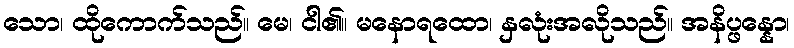
သော၊ ထိုကောက်သည်။ မေ၊ ငါ၏။ မနောရထော၊ နှလုံးအလိုသည်။ အနိပ္ဖန္နော၊